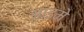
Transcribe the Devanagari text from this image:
आइमे